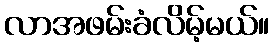
လာအဖမ်းခံလိမ့်မယ်။